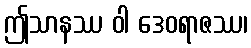
ဤသာနဿ ဝါ ဒေဝရာဇဿ၊